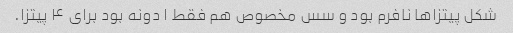
شکل پیتزاها نافرم بود و سس مخصوص هم فقط ۱ دونه بود برای ۴ پیتزا.